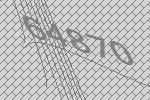
64870